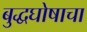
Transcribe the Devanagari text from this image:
बुद्धघोषाचा